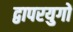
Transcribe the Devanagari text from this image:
द्वापरयुगों